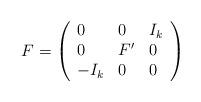
LaTeX: \begin{align*}F=\left(\begin{array}{lll}0 & 0 & I_k\\0 & F' & 0\\-I_k & 0 & 0\end{array}\right)\end{align*}